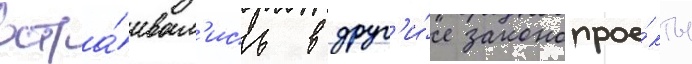
встра́ивал'ись в друг'и́е законопрое́кты